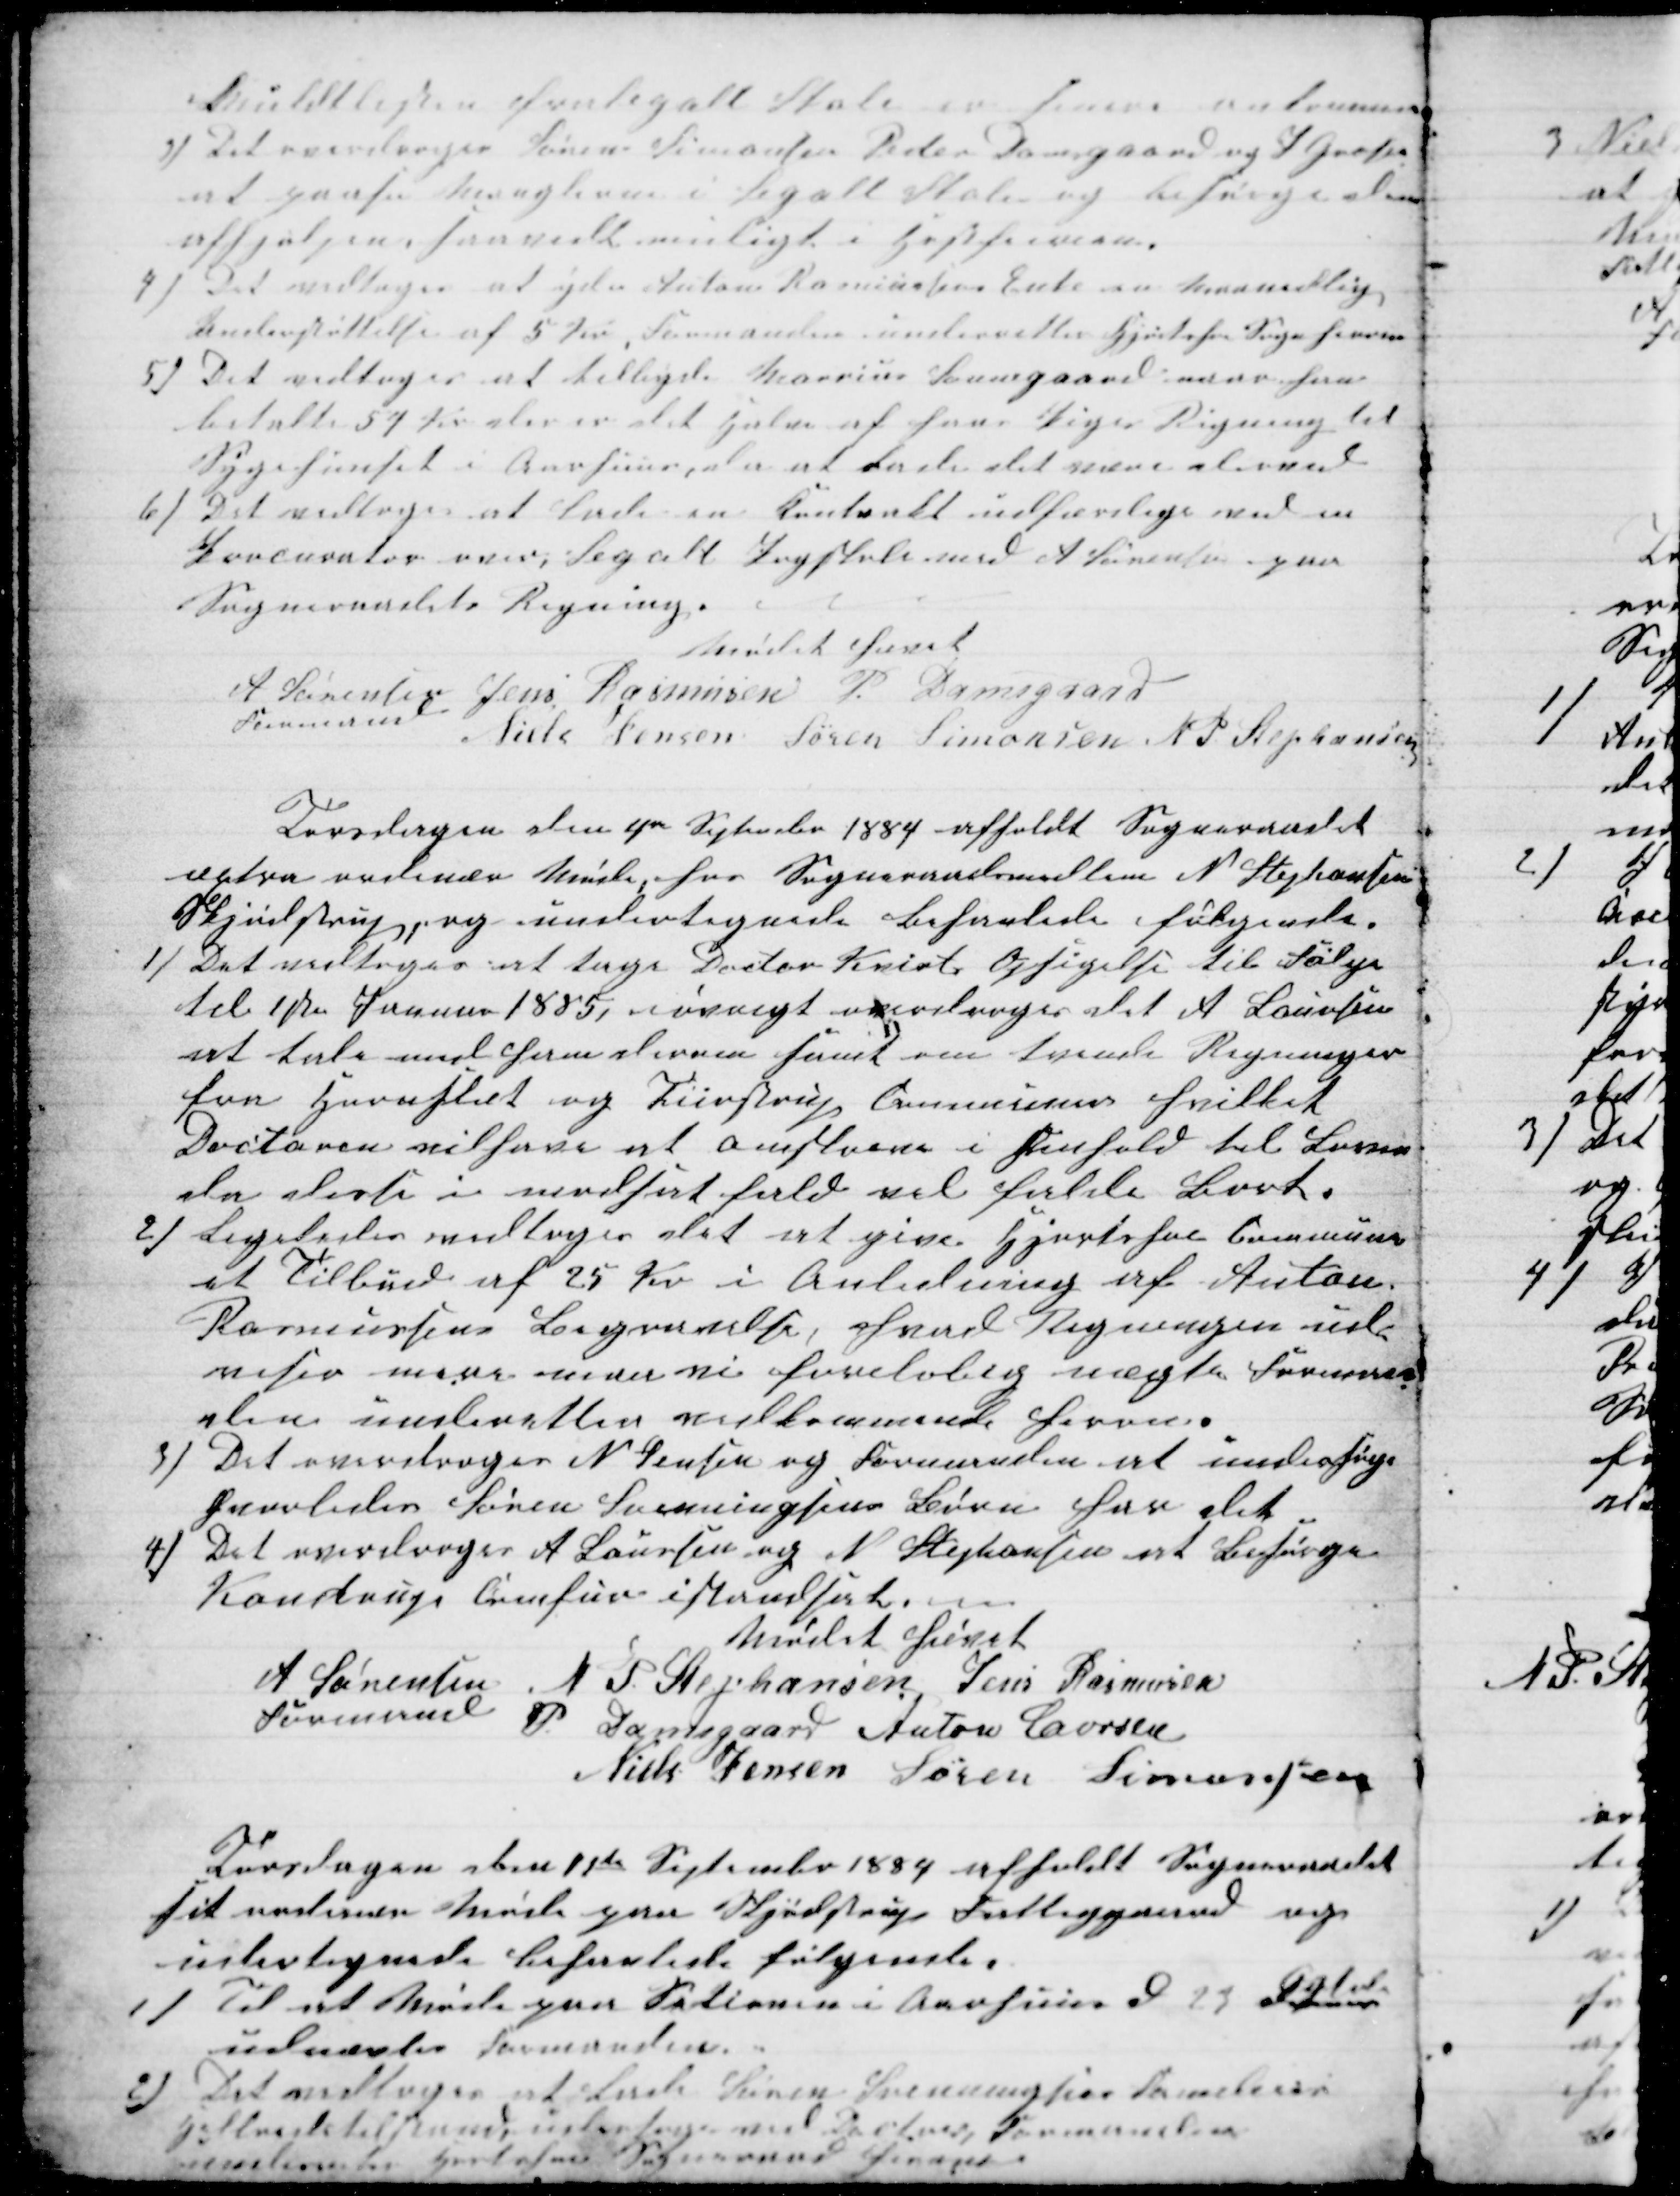
Transskription:
Muldtlisten fra Segalt Skole er senere ankommen.
3) Det overdroges Søren Simonsen Peder Damgaard og J Grosen
at paase Manglerne i Segalt Skole og besørge dem
afhjulpne saavidt muligt i Høstferien.
4) Det vedtoges at yde Anton Ramussens Enke en Maanedlig
Understøttelse af 5 Kr, Formanden underretter Hjortshoi Sogn herom
5) Det vedtoges at tilbyde Marius Sonnegaard naar han
betalte 57 Kr der er det Halve af hans Piges Regning til
Sygehuset i Aarhuus, der at lade det være derved
6) Det vedtoges at Lade en Kontrakt udfærdige ved en
Procurator over, Segalt Pogeskole med A Sørensen paa
Sogneraaalets Regning.
Mødet hævet
A Sørensen 
Formand
Jens Rasmusen P. Damsgaard
Niels Jensen Søren Simonsen N. P. Stephansen
Torsdagen den 4de September 1884 afholdt Sogneraadet
æxtra ordinær Møde, hos Sogneraadsmedlem N. Stephansen
Skjødstrup, og undertegnede behanlede følgende.
1) Det vedtoges et tage Doctor Kvists Opsigelse til Følge
til 1ste Januar 1885, iøvrigt overdroges det A Laursen
at tale med ham derom samt om tvende Regninger
fra Hornslet og Tiirstrup Communer hvilket
Doctoren vil have at omskrive i Henhold til Loven
der elers i modsat fald vil falde Bort.
2) Ligeledes vedtoges det at give Hjortshoi Commune
et Tilbud af 25 Kr. i Anledning af Anton
Rasmussens Begravelse, hvad Regningen ud-
viser mere maa vi foreløbig nægte Forman-
den underetter vedkommende herom.
3) Det overdroges N. Jensen og Formanden at undersøge
hvorledes Søren Svenningsens Børn har det
4) Det overdroges A Laursen og N. Stephansen at Besørge
Kondrups Comfur istandsat.
Mødet hævet
A Sørensen
Formand
N. P. Stephansen Jens Rasmusen
P. Damsgaard Anton Laursen
Niels Jensen Søren Simonsen
Torsdagen den 11te September 1884 afholdt Sogneraadet
sit ordinære Møde paa Skjødstrup Fattiggaard og
undertegnede behanlede følgende.
1) Til at Møde paa Setionen i Aarhuus d 29 Ogtober
udnævtes Formanden.
2) Det vedtoges at lade Søren Svenningsen Barnebarns
Helbredstilstand undersøge ved Doctoren, Formanden
underretter Hjortshoi Sogneraad herom.